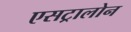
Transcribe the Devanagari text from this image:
एसट्रालोन